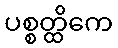
ပစ္စတ္ထိကေ